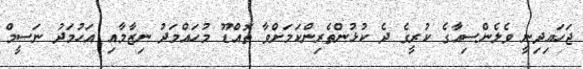
ޖަހައިދިނީ ވެލެންސިއާގެ ކުރީގެ ދެ ކުޅުންތެރިންކަމަށްވާ ތޮއްޑޫ މުހައްމަދު ނިޒާމާއި އަހުމަދު ނަސީމް